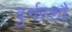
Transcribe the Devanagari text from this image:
दुर्गरशौ